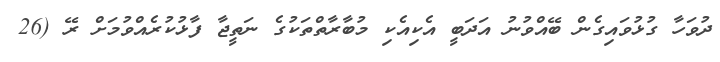
ދުވަހާ ގުޅުވައިގެން ބޭއްވުނު އަދަބީ އެކިއެކި މުބާރާތްތަކުގެ ނަތީޖާ ފާޅުކުރެއްވުމަށް ރޭ (26